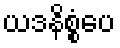
ယဒနိစ္စံပေ